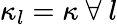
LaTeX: \kappa_{l}=\kappa~\forall~l